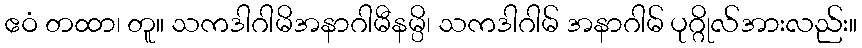
ဧဝံ တထာ၊ တူ။ သကဒါဂါမိအနာဂါမီနမ္ပိ၊ သကဒါဂါမ် အနာဂါမ် ပုဂ္ဂိုလ်အားလည်း။